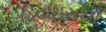
ડિવાઇસની